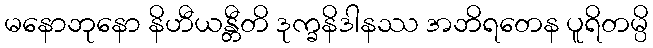
မနောဘုနော နိဟီယန္တီတိ ဒုက္ခနိဒါနဿ အဘိရတေန ပူရိတမ္ပိ